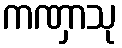
ကဏှာသု